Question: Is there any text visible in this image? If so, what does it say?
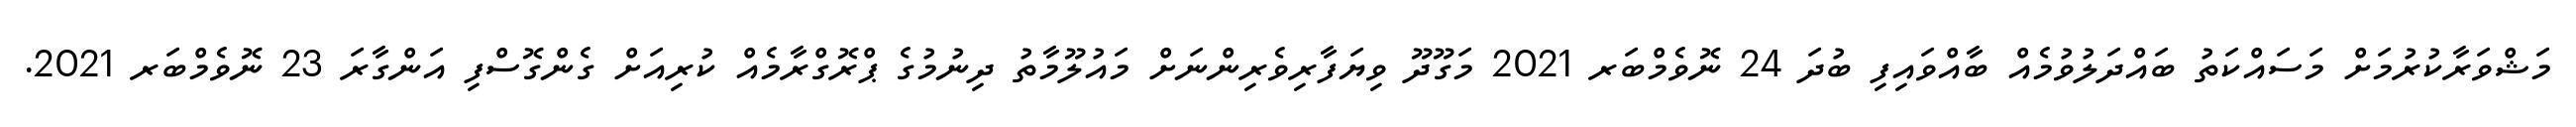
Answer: މަޝްވަރާކުރުމަށް މަސައްކަތު ބައްދަލުވުމެއް ބާއްވައިފި ބުދަ 24 ނޮވެމްބަރ 2021 މަގޫދޫ ވިޔަފާރިވެރިންނަށް މައުލޫމާތު ދިނުމުގެ ޕްރޮގްރާމެއް ކުރިއަށް ގެންގޮސްފި އަންގާރަ 23 ނޮވެމްބަރ 2021.